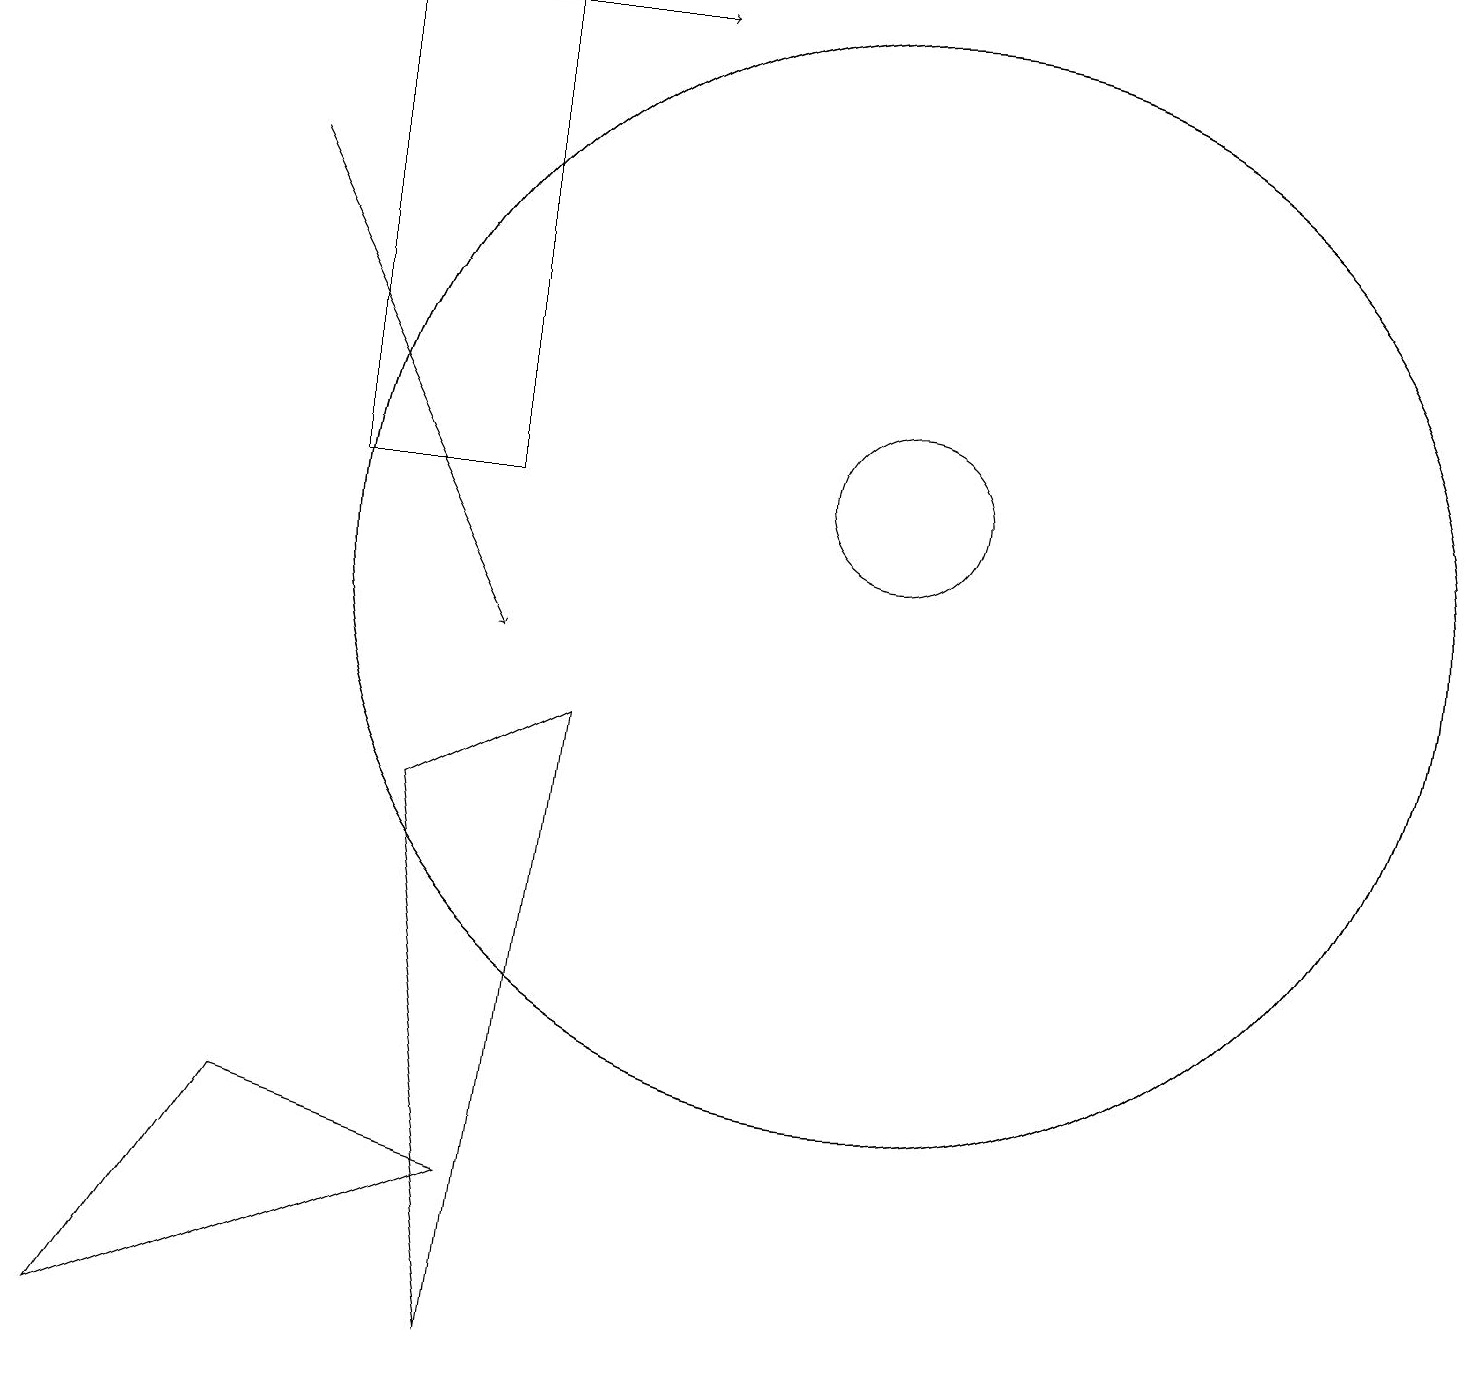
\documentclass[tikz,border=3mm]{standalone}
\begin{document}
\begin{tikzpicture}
\draw (11,12) circle (1);
\draw (4,12) rectangle (6,18);
\draw[->] (3,16) -- (6,10);
\draw (11,11) circle (7);
\draw (11,11) circle (7);
\draw (1,1) -- (6,3) -- (3,4) -- cycle;
\draw[->] (0,18) -- (8,18);
\draw (7,9) -- (5,8) -- (6,1) -- cycle;
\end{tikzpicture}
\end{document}